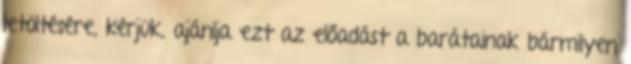
letöltésére, kérjük, ajánlja ezt az előadást a barátainak bármilyen